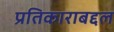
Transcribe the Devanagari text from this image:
प्रतिकाराबद्दल